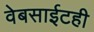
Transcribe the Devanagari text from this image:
वेबसाईटही